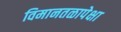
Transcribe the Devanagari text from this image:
विमानतळापेक्षा